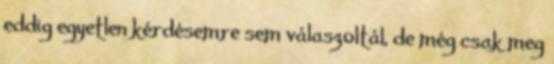
eddig egyetlen kérdésemre sem válaszoltál, de még csak meg